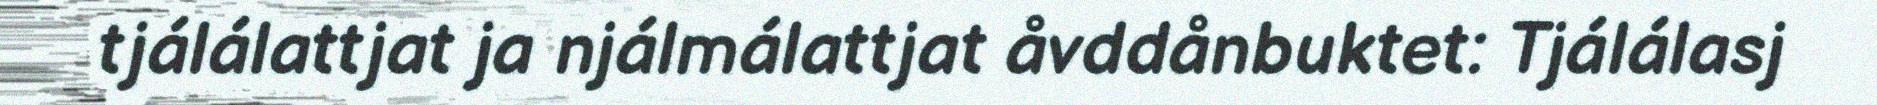
tjálálattjat ja njálmálattjat åvddånbuktet: Tjálálasj